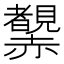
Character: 𧺂